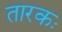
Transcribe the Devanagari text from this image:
तारकः